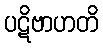
ပဋိဗာဟတိ